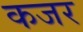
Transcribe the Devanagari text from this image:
कजर